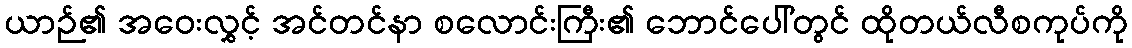
ယာဉ်၏ အဝေးလွှင့် အင်တင်နာ စလောင်းကြီး၏ ဘောင်ပေါ်တွင် ထိုတယ်လီစကုပ်ကို